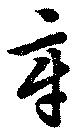
章